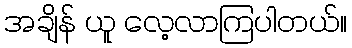
အချိန် ယူ လေ့လာကြပါတယ်။